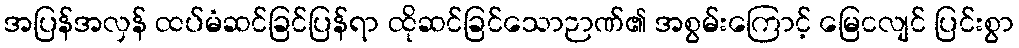
အပြန်အလှန် ထပ်မံဆင်ခြင်ပြန်ရာ ထိုဆင်ခြင်သောဉာဏ်၏ အစွမ်းကြောင့် မြေငလျင် ပြင်းစွာ